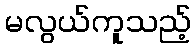
မလွယ်ကူသည့်